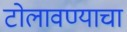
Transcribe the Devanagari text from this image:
टोलावण्याचा